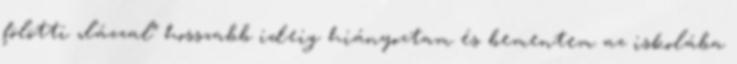
fölötti „lázzal” hosszabb ideig hiányoztam és bementem az iskolába